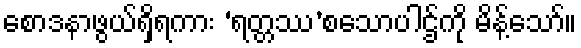
စောဒနာဖွယ်ရှိရကား ‘ရတ္တဿ’စသောပါဌ်ကို မိန့်သော်။